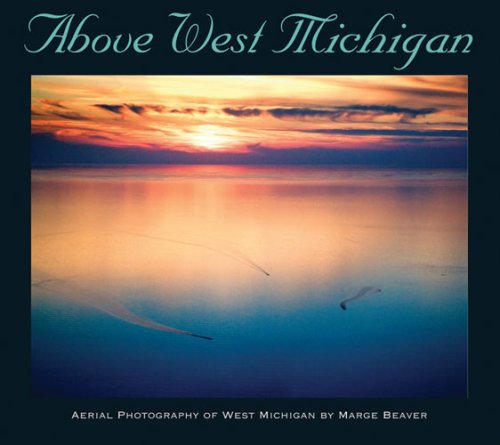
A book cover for Above West Michigan: Aerial Photography of West Michigan; Marge Beaver; Arts & Photography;